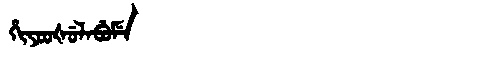
Manchu: ᡥᡳᠶᠣᠣᡧᡠᠯᠠᠪᡠᠮᡝ
Romanization: HIYOOŠULABUME